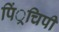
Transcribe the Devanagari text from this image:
पिं्रचिपी